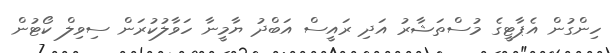
ހިންގުން އެޕާޓީގެ މުސްތަޝާރު އަދި ރައީސް އަބްދު ޔާމީނާ ހަވާލުކުރަން ސިވިލް ކޯޓުން